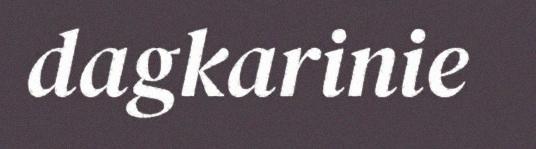
dagkarinie